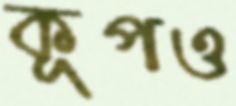
কূপও